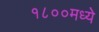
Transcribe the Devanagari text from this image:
१८००मध्ये